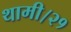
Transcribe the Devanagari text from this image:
थामी।२१